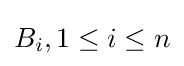
B_{i},1\leq i\leq n